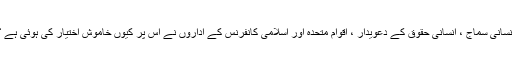
انسانی سماج ، انسانی حقوق کے دعویدار ، اقوام متحدہ اور اسلامی کانفرنس کے اداروں نے اس پر کیوں خاموش اختیار کی ہوئی ہے ؟